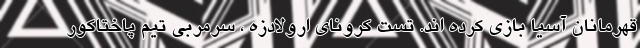
قهرمانان آسیا بازی کرده اند. تست کرونای ارولادزه ، سرمربی تیم پاختاکور